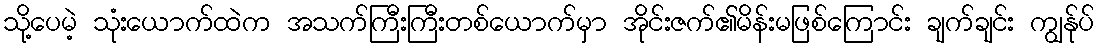
သို့ပေမဲ့ သုံးယောက်ထဲက အသက်ကြီးကြီးတစ်ယောက်မှာ အိုင်းဇက်၏မိန်းမဖြစ်ကြောင်း ချက်ချင်း ကျွန်ုပ်